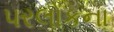
પરલોકના